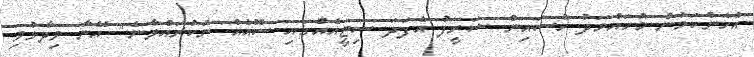
އެހެންކަމުން މުހައްމަދު ހުސައިން ޝަރީފު އެފަދަ ސިޓީއެއްގައި ސޮއެއް ނުކުރައްވާނެ" އޭނާ ވިދާޅުވި